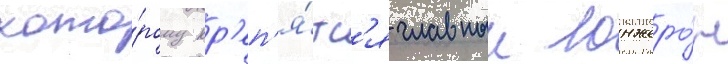
кото́рому кр'еп'я́тс'я главныи лонжеро́н